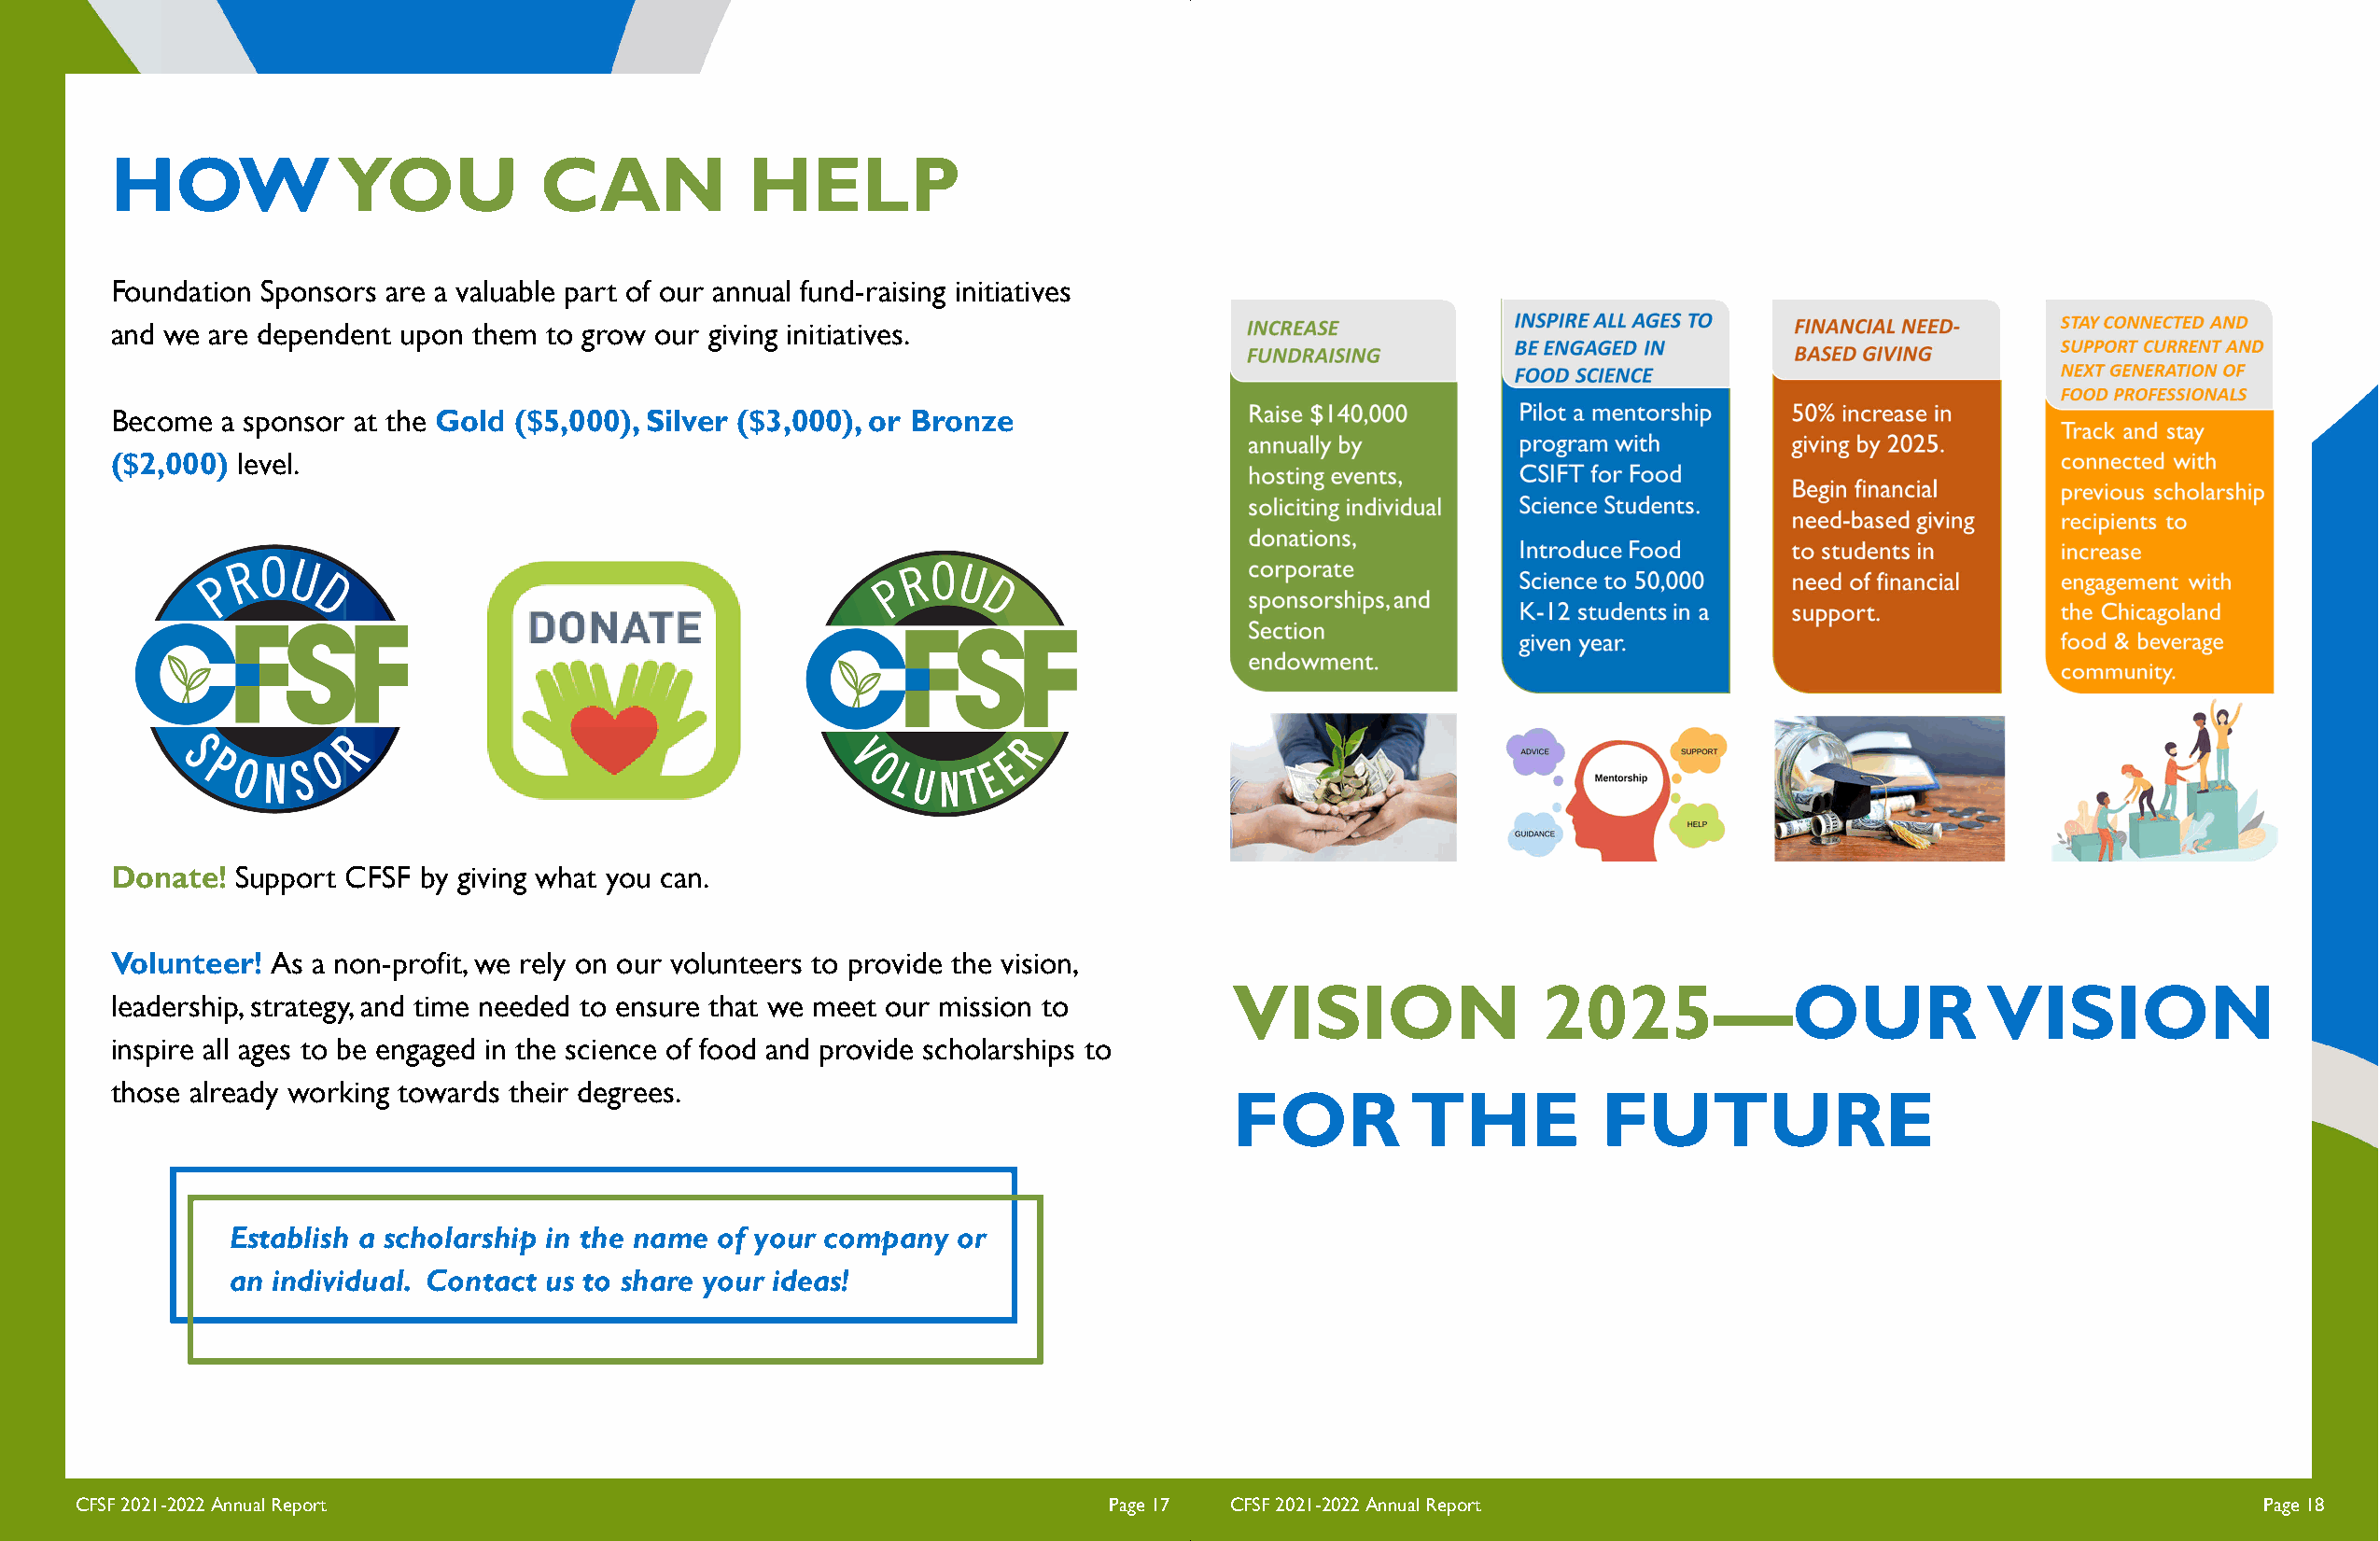
HOW             YOU           CAN            HELP
 Foundation Sponsors are a valuable part of our annual fund-raising initiatives
 and we are dependent upon them to grow our giving initiatives.
 Become  a sponsor at the Gold ($5,000), Silver ($3,000), or Bronze
 ($2,000) level.
 Donate!  Support CFSF by giving what you can.
 Volunteer! As a non-profit, we rely on our volunteers to provide the vision,
 VISION                2025—OUR                        VISION
 leadership, strategy, and time needed to ensure that we meet our mission to
 inspire all ages to be engaged in the science of food and provide scholarships to
 those already working towards their degrees.
 FOR          THE           FUTURE
 Establish a scholarship in the name of your company or
 an individual. Contact us to share your ideas!
 CFSF 2021-2022 Annual Report                                              Page 17 CFSF 2021-2022 Annual Report                                              Page 18